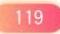
\(119\)